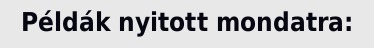
Példák nyitott mondatra: